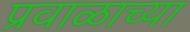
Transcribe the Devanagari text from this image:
प्रवाळाच्या